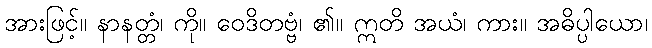
အားဖြင့်။ နာနတ္တံ၊ ကို။ ဝေဒိတဗ္ဗံ၊ ၏။ ဣတိ အယံ၊ ကား။ အဓိပ္ပါယော၊